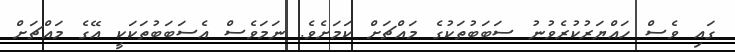
ގައި ވެސް ހައްޔަރުކުރެވުނު ސަބަބުތަކުގެ މައްޗަށް ކަމަށެވެ. ނަމަވެސް އެސަބަބުތަކަކީ އޭގެ މައްޗަށް